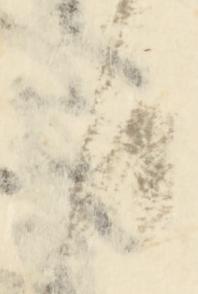
日